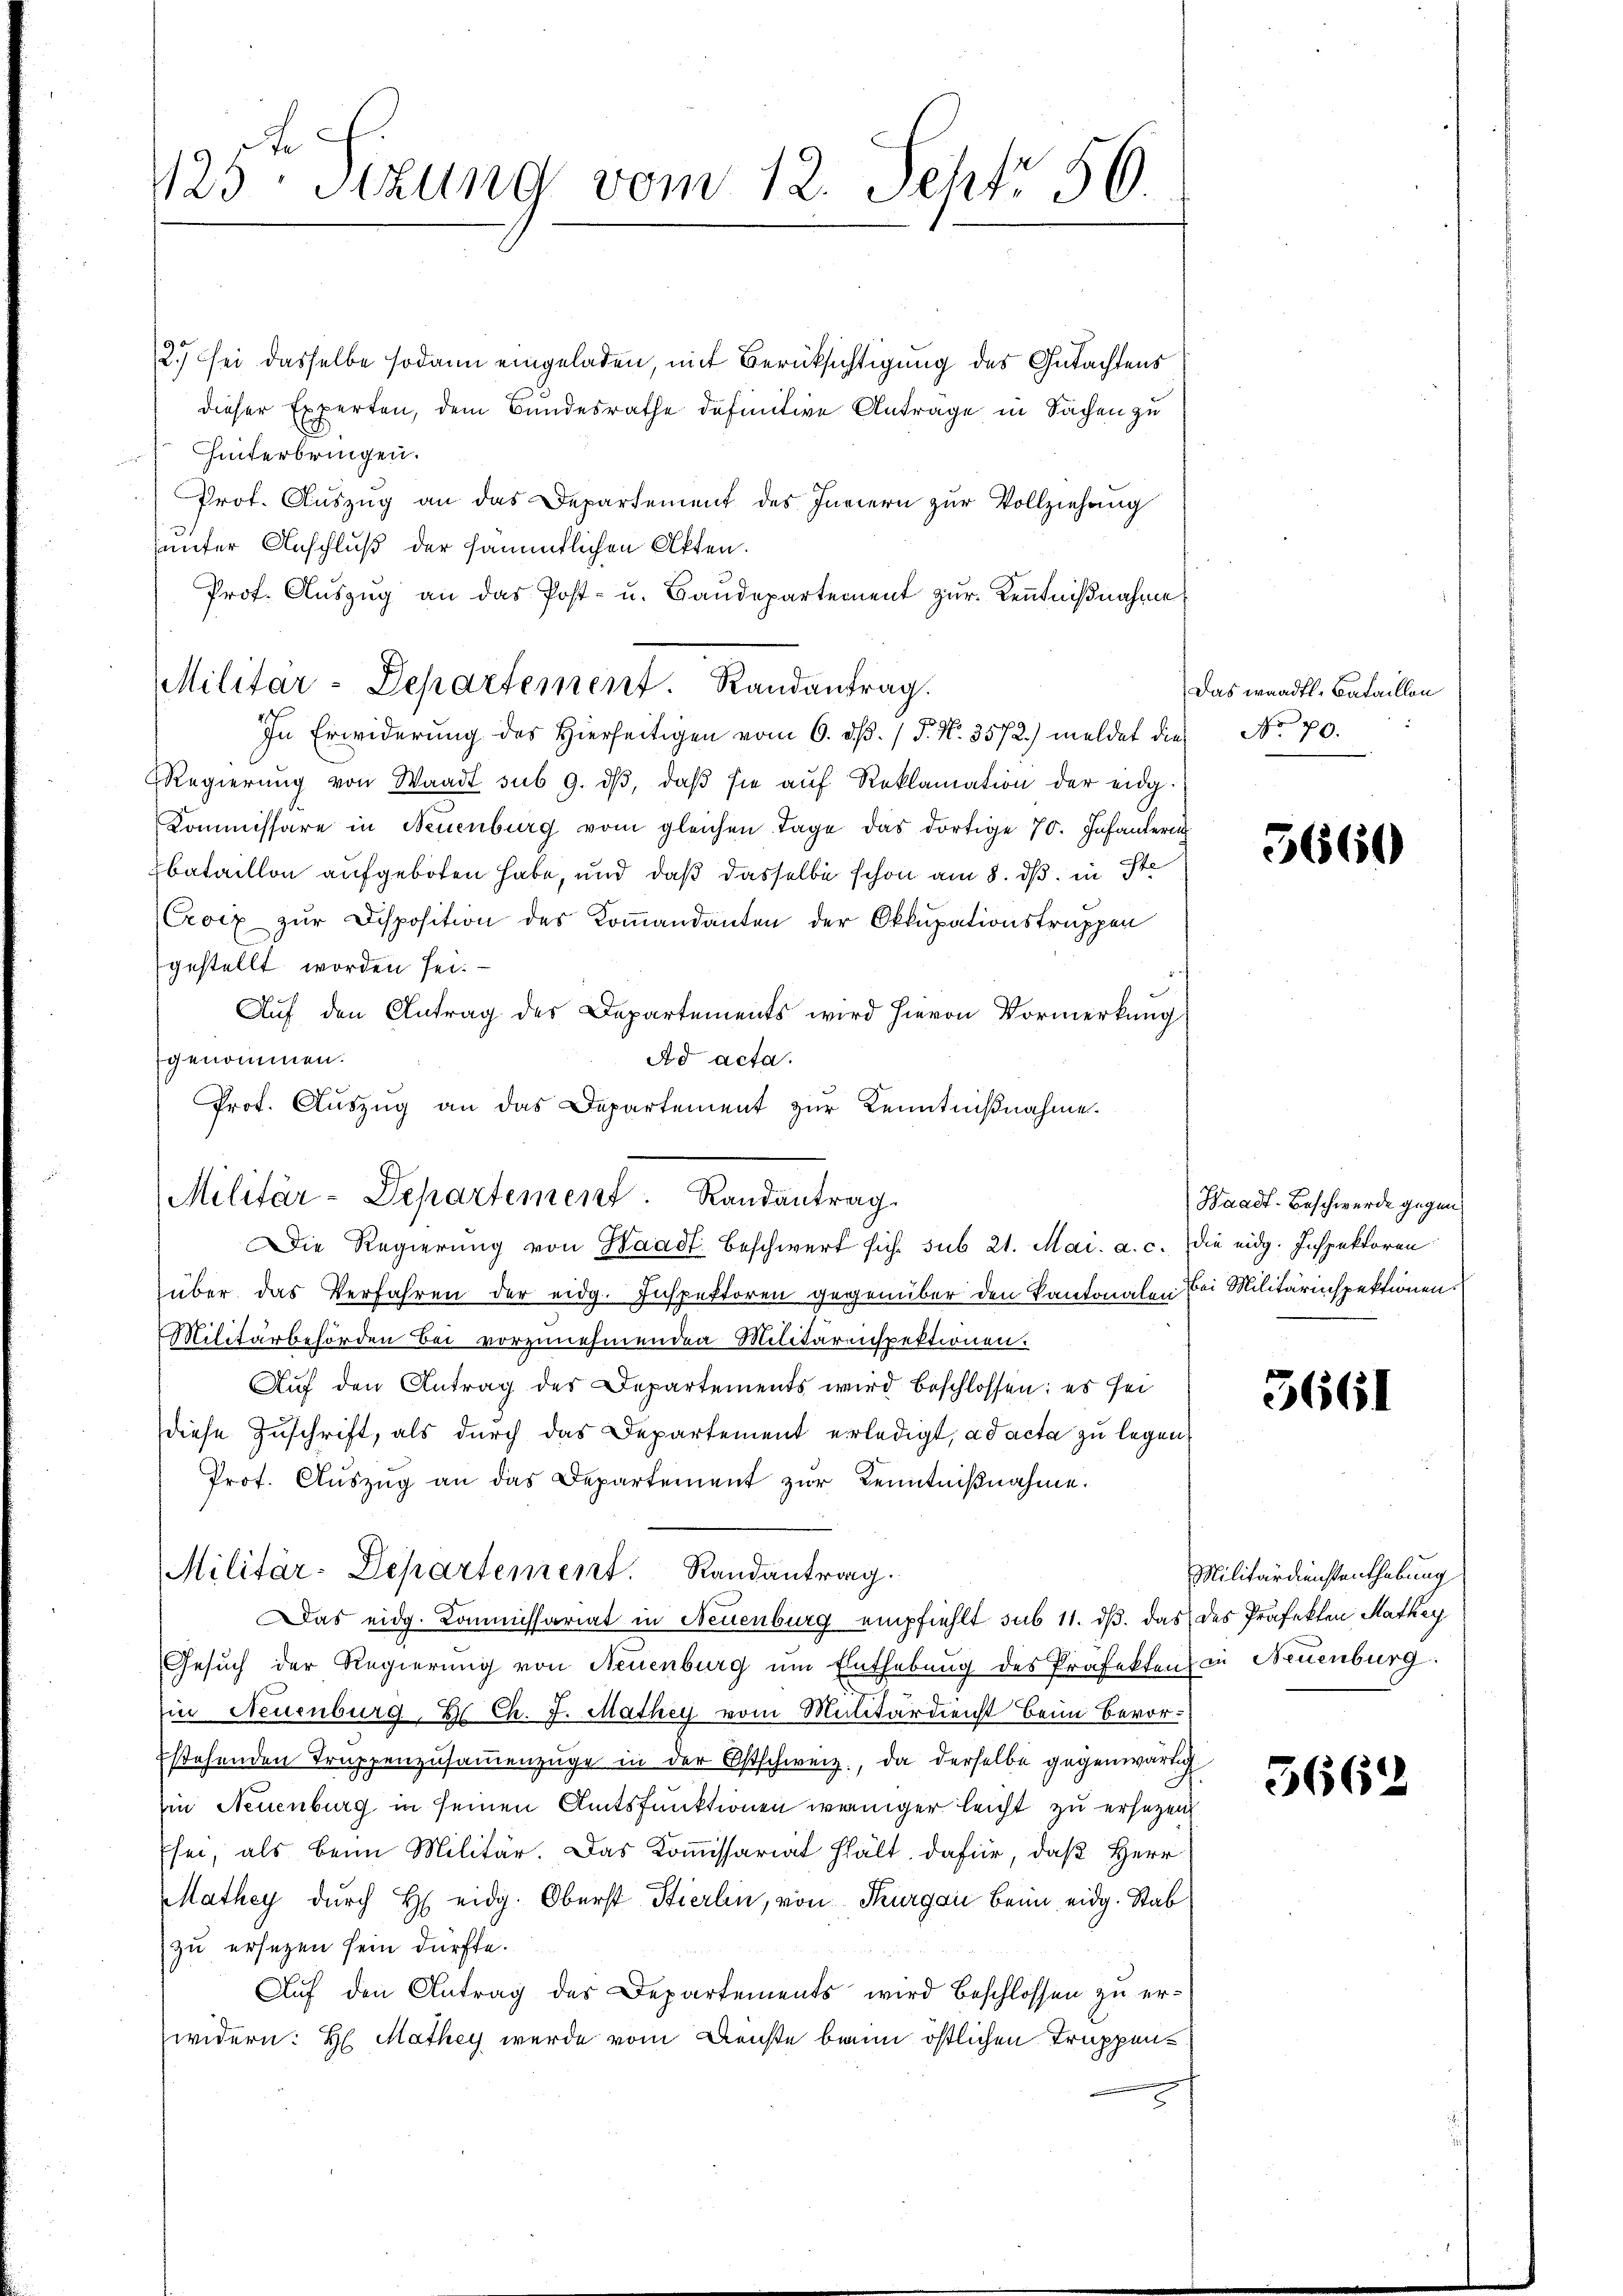
125 Setzung vom 12. Sept. 56.

2.) sei dasselbe sodann eingeladen, mit Berücksichtigung des Gutachtens
dieser Experten, dem Bundesrathe definitive Antrage in Sachen zu
Hinterbringen.
Prof. Auszug an das Departement des Innern zur Vollziehung
sunter Anschluß der sämmtlichen Akten.
Prof. Auszug an das Post- u. Baudepartement zur Kenntnißnahme
In Erwiderŭng des hierseitigen vom 6. dβ. / P. Nr. 3572) meldet die No 70.
RRegierŭng von Waadt sub 9. dβ, daβ sie aŭf Reklamation der eidg.
Kommissäre in Neuenburg vom gleichen Tage das dortige 70. Infanteri
Ebataillon aufgeboten habe, und daß dasselbe schon am 8. ds. in Ste
Croix zur Disposition des Kommandanten der Okkupationstruppen
gestellt worden sei.
Aŭf den Antrag des Departements wird hievon Vormerkung
genommen.
Ad acta.
d
über das Verfahren der eidg. Inspektoren gegenüber den Kantonalen bei Militärinspektionen.
Militärbehörden bei vorzunehmenden Militärinspektionen.
Aŭf den Antrag der Departements wird beschlossen: es sei
diese Zuschrift, als durch das Departement erledigt, ad acta zu legen,
Prof. Auszug an das Departement zur Kenntnißnahme.
Militär-Departement. Randantrag.
Das eidg. Kommissariat in Neuenburg empfiehlt sub 11. ds. das des Präfekten Mathey
Gesuch der Regierung von Neuenburg um Enthebung des Präfekten in Neuenburg.
in Neuenburg, Er Ch. J. Mathey vom Militärdienst beim Bevorstehenden Truppenzŭsaṁenzŭge in der Ostschweiz, da derselbe gegenwärtig
Ein Neuenburg in seinen Amtsfunktionen weniger leicht zu ersetzen,
Eser, als beim Militär. Das Kommissariat hält, dafür, daß Herr
Mathey durch H. eidg. Oberst Stierlin, von Thurgau beim eidg. Stab
zu ersetzen sein dürfte.
Auf den Antrag des Departements wird beschlossen zu erwidern: H. Mathey wurde vom Dienste baim östlichen Truppen¬
2

Militar-Departement. Randantrag

Prof. Auszug an das Departement zur Kenntnißnahme.
Militär-Departement. Randantrag.
Die Regierung von Waadt. Beschwert sich sub 21. Mai. a. c. die eidg. Inspektoren

Das waadtl. Bataillon

3660

Waadt-Beschwerde gegen

5661

Militärdienstenthebung

3662